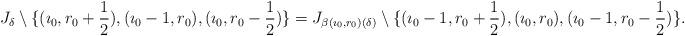
LaTeX: \begin{align*}J_{\delta}\setminus \{(\imath_0, r_0+\frac{1}{2}), (\imath_0-1, r_0), (\imath_0, r_0-\frac{1}{2})\}=J_{\beta(\imath_0, r_0)(\delta)}\setminus \{(\imath_0-1, r_0+\frac{1}{2}), (\imath_0, r_0), (\imath_0-1, r_0-\frac{1}{2})\}.\end{align*}